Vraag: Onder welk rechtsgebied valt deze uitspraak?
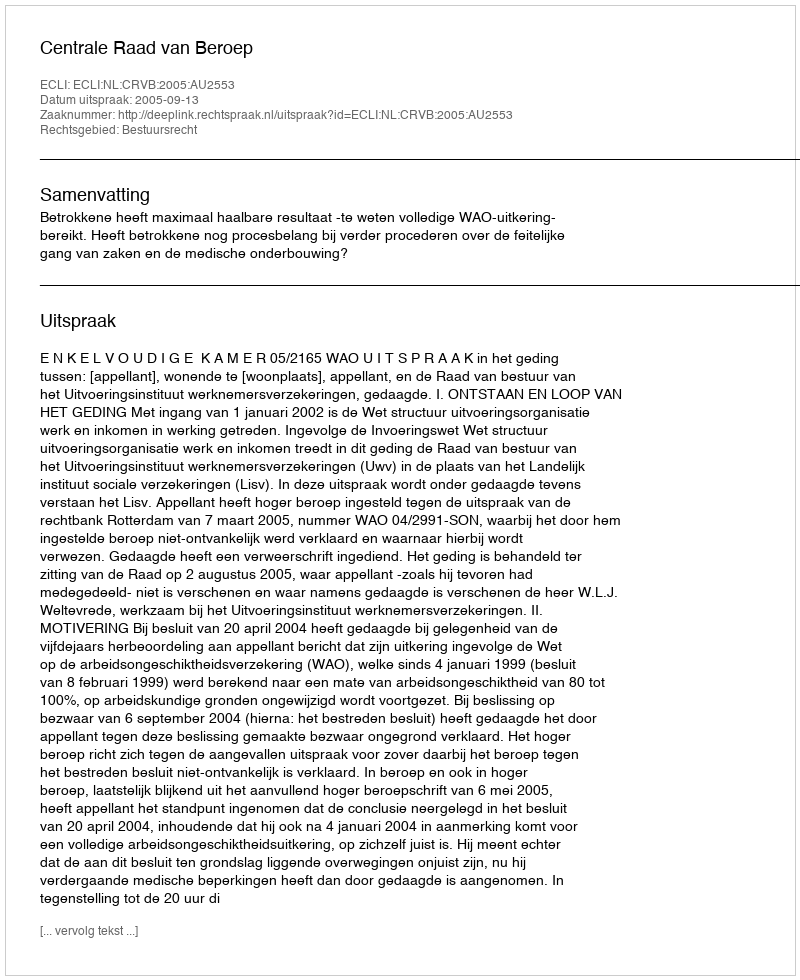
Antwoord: Bestuursrecht